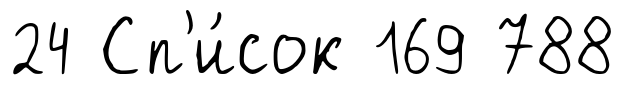
24 Сп'и́сок 169 788